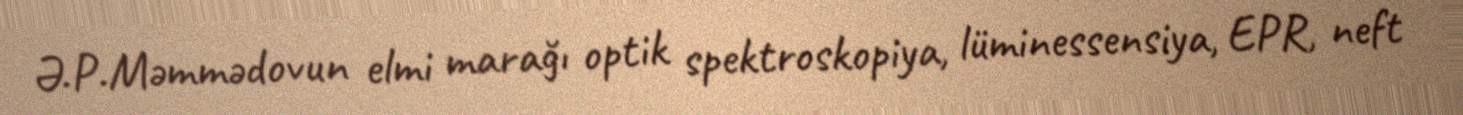
Ə.P.Məmmədovun elmi marağı optik spektroskopiya, lüminessensiya, EPR, neft